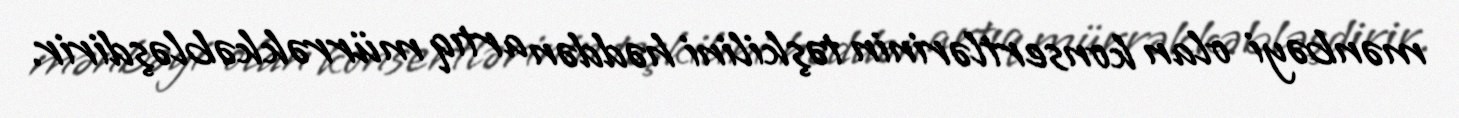
mənbəyi olan konsertlərinin təşkilini həddən artıq mürrəkkəbləşdirir.